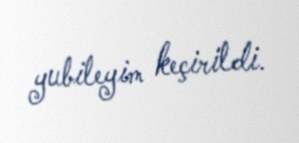
yubileyim keçirildi.